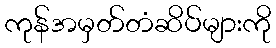
ကုန်အမှတ်တံဆိပ်များကို